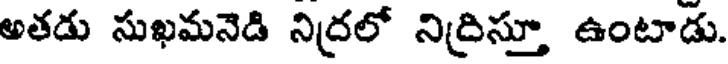
అతడు సుఖమనెడి నిద్రలో నిద్రిస్తూ ఉంటాడు.